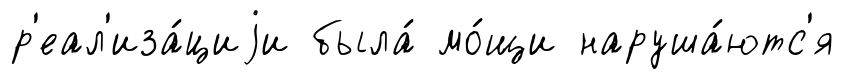
р'еал'иза́циjи была́ мо́щи наруша́ютс'я